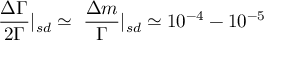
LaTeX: \frac { \Delta \Gamma } { 2 \Gamma } | _ { s d } \simeq ~ \frac { \Delta m } { \Gamma } | _ { s d } \simeq 1 0 ^ { - 4 } - 1 0 ^ { - 5 }